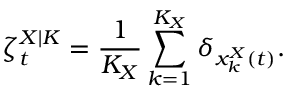
\zeta _ { t } ^ { X | K } = \frac { 1 } { K _ { X } } \sum _ { k = 1 } ^ { K _ { X } } \delta _ { x _ { k } ^ { X } ( t ) } .